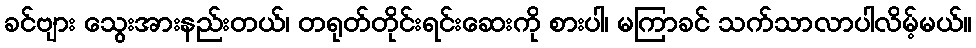
ခင်ဗျား သွေးအားနည်းတယ်၊ တရုတ်တိုင်းရင်းဆေးကို စားပါ၊ မကြာခင် သက်သာလာပါလိမ့်မယ်။